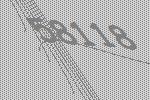
58118